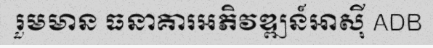
រួមមាន ធនាគារអភិវឌ្ឍន៍អាស៊ី ADB